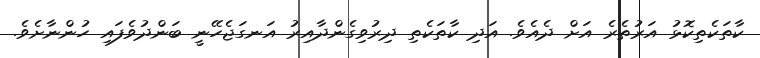
ކާތަކެތިކޮޅު އަރުތެރެ އަށް ދެއެވެ. އަދި ކާތަކެތި ދިރުވިގެންދާއިރު އަނގަޖެހޭނީ ބަންދުވެފައި ހުންނާށެވެ.